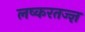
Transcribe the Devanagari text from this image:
लष्करतज्ज्ञ